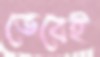
ভেবেই